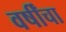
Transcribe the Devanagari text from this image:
वर्षींचा